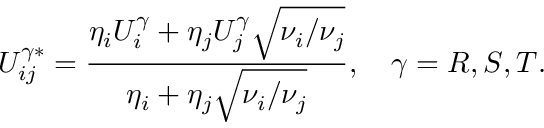
U _ { i j } ^ { \gamma * } = \frac { \eta _ { i } U _ { i } ^ { \gamma } + \eta _ { j } U _ { j } ^ { \gamma } \sqrt { \nu _ { i } / \nu _ { j } } } { \eta _ { i } + \eta _ { j } \sqrt { \nu _ { i } / \nu _ { j } } } , \quad \gamma = R , S , T .